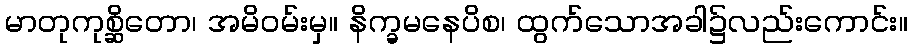
မာတုကုစ္ဆိတော၊ အမိဝမ်းမှ။ နိက္ခမနေပိစ၊ ထွက်သောအခါ၌လည်းကောင်း။